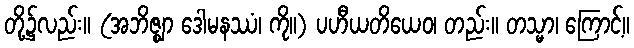
တို့၌လည်း။ (အဘိဇ္ဈာ ဒေါမနဿံ၊ ကို။) ပဟီယတိယေဝ၊ တည်း။ တသ္မာ၊ ကြောင့်။